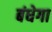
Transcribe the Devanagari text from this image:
बंधेगा